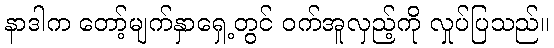
နာဒါက တော့်မျက်နှာရှေ့တွင် ဝက်အူလှည့်ကို လှုပ်ပြသည်။